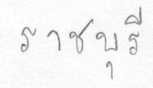
ราชบุรี